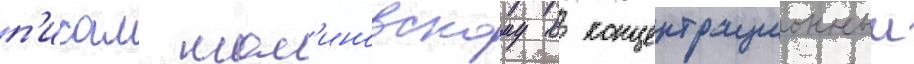
п'исал мал'иновскому в концентрационныи